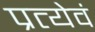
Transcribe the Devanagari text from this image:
प्रत्येवं